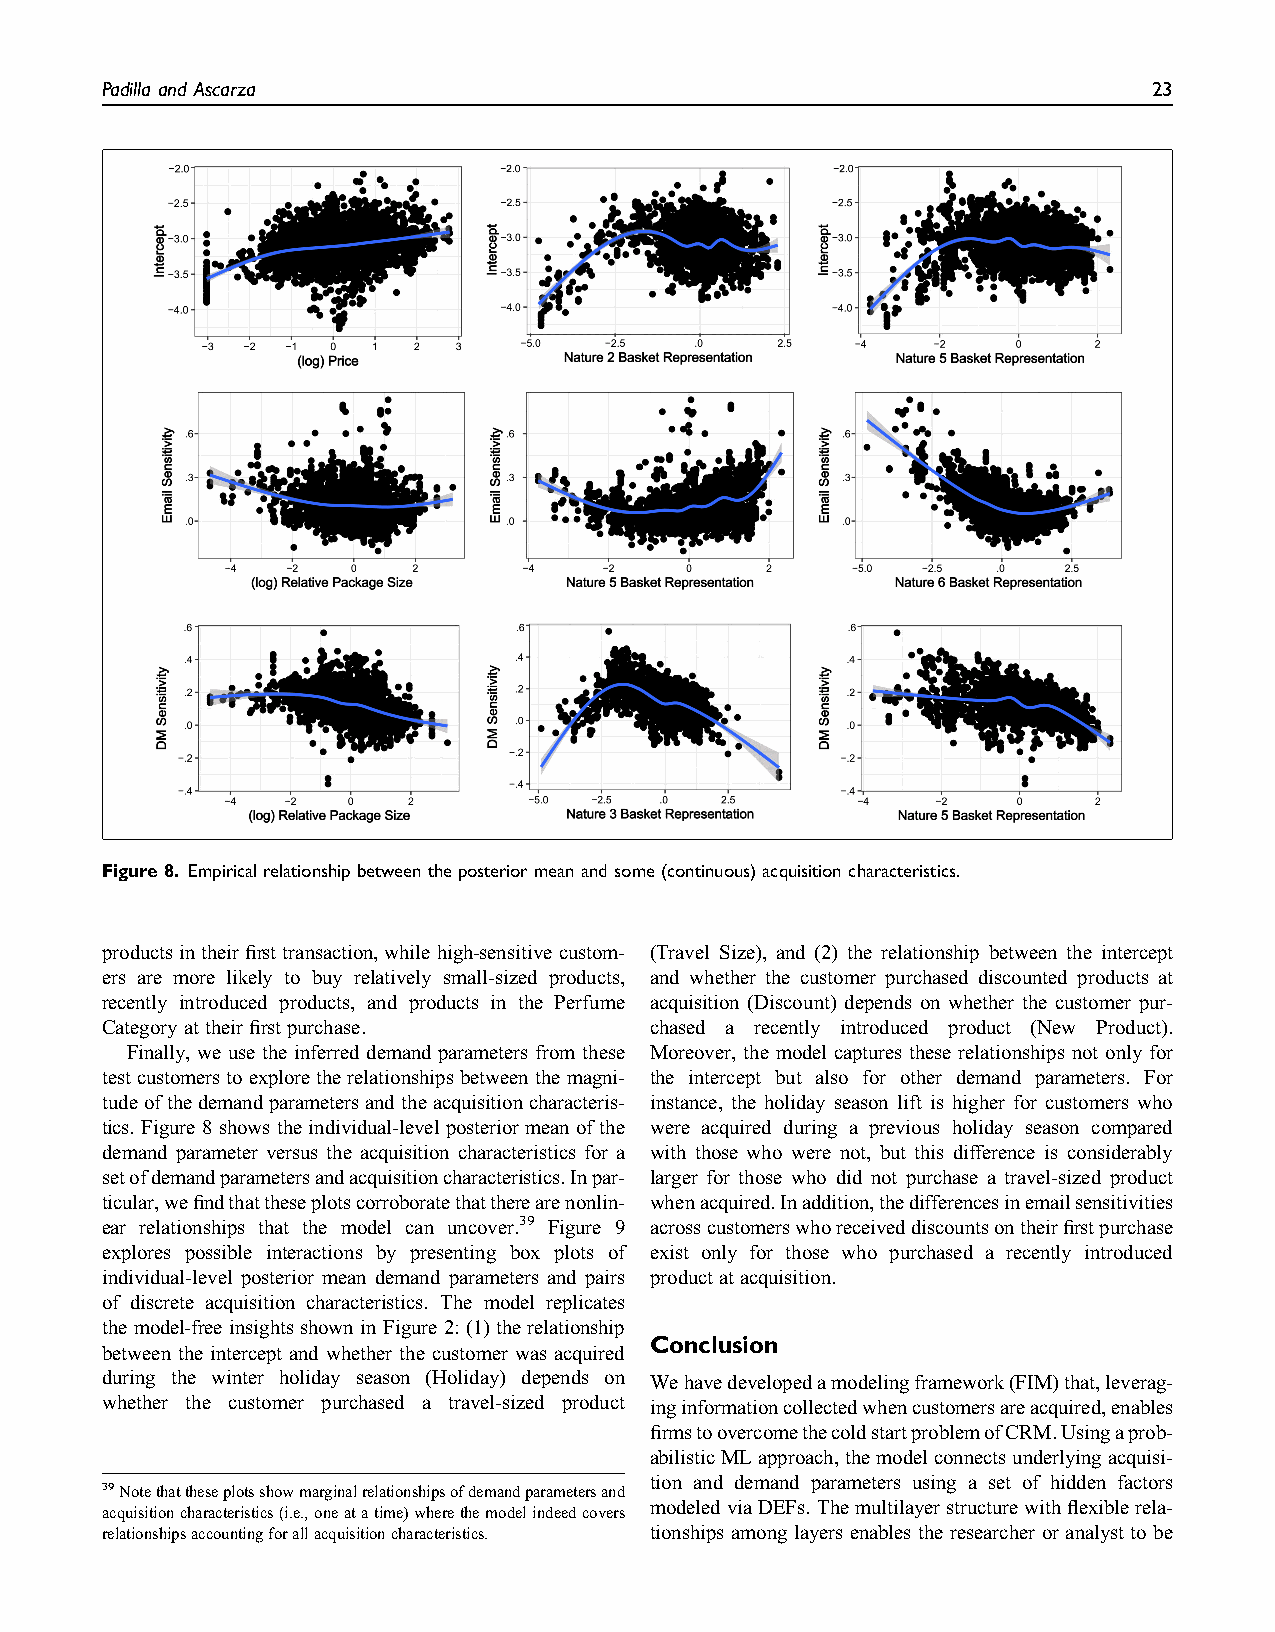
Padilla and Ascarza                                                  23
 Figure8. Empirical relationship between the posteriormean and some (continuous)acquisition characteristics.
 productsintheirfirsttransaction,whilehigh-sensitivecustom- (Travel Size), and (2) the relationship between the intercept
 ers are more likely to buy relatively small-sized products, and whether the customer purchased discounted products at
 recently introduced products, and products in the Perfume acquisition (Discount) depends on whether the customer pur-
 Categoryat their firstpurchase.     chased a recently introduced product (New Product).
 Finally, we use the inferred demand parameters from these Moreover, the model captures these relationships not only for
 test customers to exploretherelationships between the magni- the intercept but also for other demand parameters. For
 tudeofthedemandparametersandtheacquisitioncharacteris- instance, the holiday season lift is higher for customers who
 tics. Figure 8shows the individual-level posterior mean of the were acquired during a previous holiday season compared
 demand parameter versus the acquisition characteristics for a with those who were not, but this difference is considerably
 setofdemandparametersandacquisitioncharacteristics.Inpar- larger for those who did not purchase a travel-sized product
 ticular,wefindthattheseplotscorroboratethattherearenonlin- whenacquired.Inaddition,thedifferencesinemailsensitivities
 ear relationships that the model can uncover.39 Figure 9 acrosscustomerswhoreceiveddiscountsontheirfirstpurchase
 explores possible interactions by presenting box plots of exist only for those who purchased a recently introduced
 individual-level posterior mean demand parameters and pairs productat acquisition.
 of discrete acquisition characteristics. The model replicates
 the model-free insights shown in Figure 2: (1) the relationship
 Conclusion
 between the intercept and whether the customer was acquired
 during the winter holiday season (Holiday) depends on Wehavedevelopedamodelingframework(FIM)that,leverag-
 whether the customer purchased a travel-sized product inginformationcollectedwhencustomersareacquired,enables
 firmstoovercomethecoldstartproblemofCRM.Usingaprob-
 abilisticMLapproach,themodelconnectsunderlyingacquisi-
 tion and demand parameters using a set of hidden factors
 39Notethattheseplotsshowmarginalrelationshipsofdemandparametersand
 modeled via DEFs. Themultilayerstructure with flexible rela-
 acquisitioncharacteristics(i.e.,oneatatime)wherethemodelindeedcovers
 relationshipsaccountingforallacquisitioncharacteristics. tionships among layers enables the researcher or analyst to be